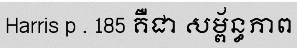
Harris p . 185 គឺជា សម្ព័ន្ធភាព